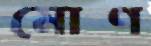
মোণ